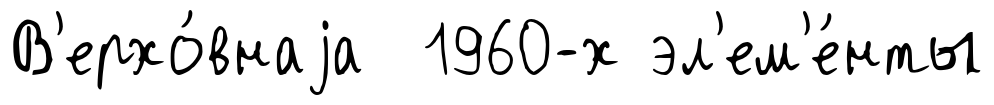
В'ерхо́внаjа 1960-х эл'ем'е́нты